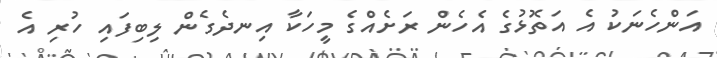
އަންހެނަކު އެ އަތޮޅުގެ އެހެން ރަށެއްގެ މީހަކާ އިނދެގެން ލިބިފައި ހުރި އެ